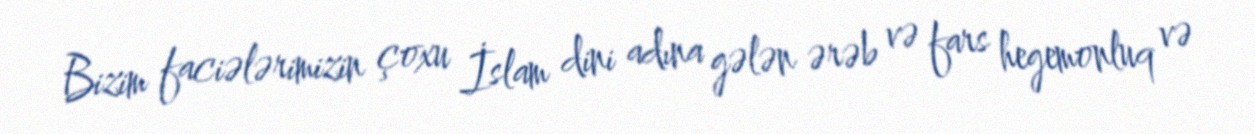
Bizim faciələrimizin çoxu İslam dini adına gələn ərəb və fars hegemonluq və